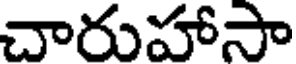
చారుహాసా